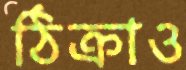
ঠিক্‌রাও